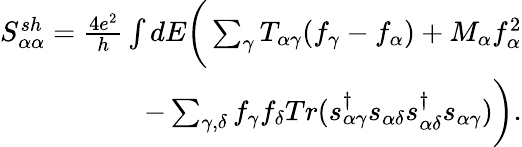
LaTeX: \begin{array}{r}{{S_{\alpha\alpha}^{sh}}=\frac{4e^{2}}{h}\int dE\bigg(\sum_{\gamma}T_{\alpha\gamma}(f_{\gamma}-f_{\alpha})+M_{\alpha}f_{\alpha}^{2}}\\ {-\sum_{\gamma,\delta}f_{\gamma}f_{\delta}Tr(s_{\alpha\gamma}^{\dagger}s_{\alpha\delta}s_{\alpha\delta}^{\dagger}s_{\alpha\gamma})\bigg).}\end{array}